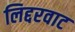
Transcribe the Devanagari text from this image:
लिद्दरवाट